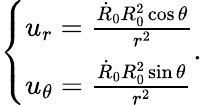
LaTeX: \left\{ \begin{array}{l}{u_{r}=\frac{\dot{R}_{0}R_{0}^{2}\cos\theta}{r^{2}}}\\ {u_{\theta}=\frac{\dot{R}_{0}R_{0}^{2}\sin\theta}{r^{2}}}\end{array}\right..